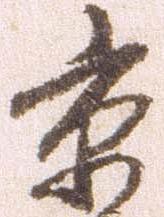
京